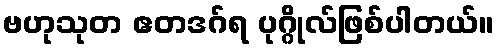
ဗဟုသုတ ဧတဒဂ်ရ ပုဂ္ဂိုလ်ဖြစ်ပါတယ်။